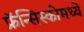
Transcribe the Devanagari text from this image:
फ्रॅन्सिस्कोमध्ये